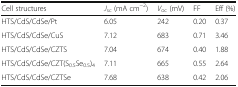
<table><thead><tr><td><b>Cell structures</b></td><td><b><i>J</i><sub>sc</sub> (mA cm<sup>−2</sup>)</b></td><td><b><i>V</i><sub>oc</sub> (mV)</b></td><td><b>FF</b></td><td><b>Eff (%)</b></td></tr></thead><tbody><tr><td>HTS/CdS/CdSe/Pt</td><td>6.05</td><td>242</td><td>0.20</td><td>0.37</td></tr><tr><td>HTS/CdS/CdSe/CuS</td><td>7.12</td><td>683</td><td>0.71</td><td>3.46</td></tr><tr><td>HTS/CdS/CdSe/CZTS</td><td>7.04</td><td>674</td><td>0.40</td><td>1.88</td></tr><tr><td>HTS/CdS/CdSe/CZT(S<sub>0.5</sub>Se<sub>0.5</sub>)<sub>4</sub></td><td>7.11</td><td>665</td><td>0.55</td><td>2.64</td></tr><tr><td>HTS/CdS/CdSe/CZTSe</td><td>7.68</td><td>638</td><td>0.42</td><td>2.06</td></tr></tbody></table>